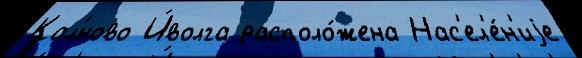
Кал'́ново И́волга располо́жена Нас'ел'е́н'иjе